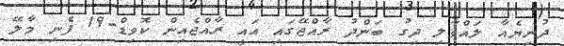
ދުނިޔެއާ ލައްވާލި ދިގު ބަންދު ރާއްޖޭގައި އައީ ރާއްޖެއިން ކޮވިޑް-19 ފެނި މާލޭ